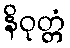
နိဝုတ္တံ